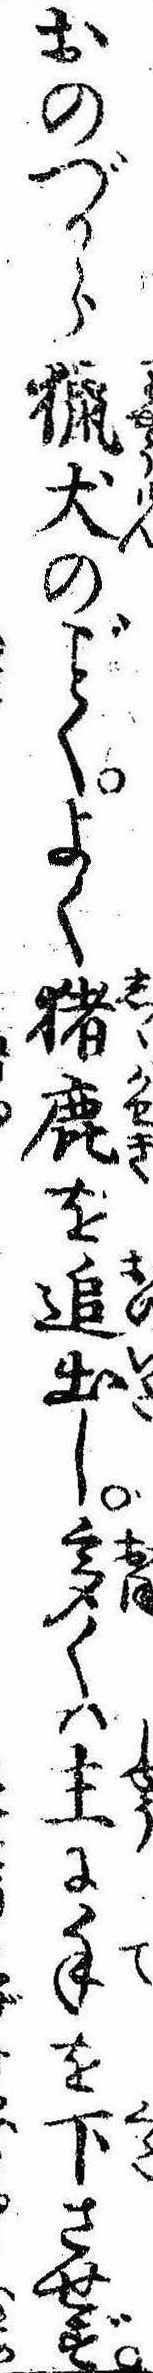
おのづから猟犬のくよく猪鹿を追出し多くは主に手を下させず